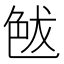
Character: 𦫘